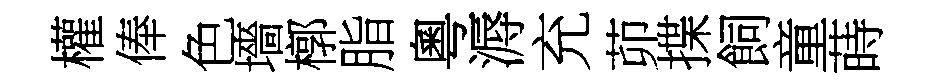
權俸色墻槨脂粵溽充茆揲飼童蒔